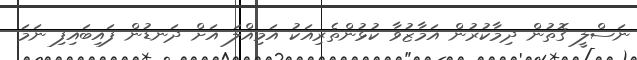
ނަސްލީ ގޮތުން ދިމާކުރުން އަމާޒުވާ ކުޅުންތެރިއަކު އަމިއްލަ އަށް ދަނޑުން ފައިބައިފި ނަމަ